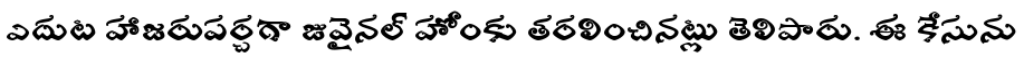
ఎదుట హాజరుపర్చగా జువైనల్ హోంకు తరలించినట్లు తెలిపారు. ఈ కేసును